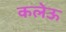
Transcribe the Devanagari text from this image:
कलेऊ